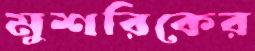
মুশরিকের